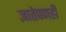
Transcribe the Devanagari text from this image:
ज्ञातेपणही